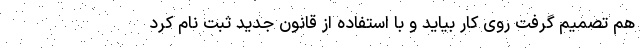
هم تصمیم گرفت روی کار بیاید و با استفاده از قانون جدید ثبت نام کرد